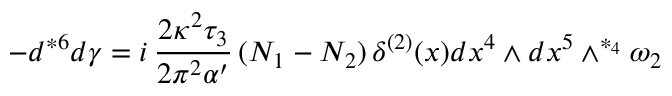
- d { } ^ { * 6 } d \gamma = i \, \frac { 2 \kappa ^ { 2 } \tau _ { 3 } } { 2 \pi ^ { 2 } \alpha ^ { \prime } } \, ( N _ { 1 } - N _ { 2 } ) \, \delta ^ { ( 2 ) } ( x ) d x ^ { 4 } \wedge d x ^ { 5 } \wedge ^ { * _ { 4 } } \omega _ { 2 }